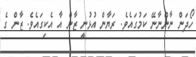
ހޯދަން ނާންނާނޭ ކަމުގައެވެ. ރަޔާން އުޅުނީ ޒާން އާ އެކިގައެވެ. ޒާން ގެ